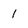
Character: 1